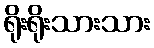
ရိုးရိုးသားသား